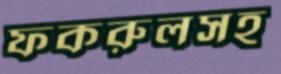
ফকরুলসহ